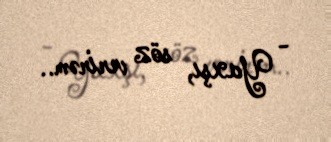
- Yaxşı, söz verirəm..